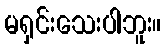
မရှင်းသေးပါဘူး။